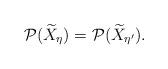
LaTeX: \begin{align*} \mathcal{P}(\widetilde{X}_{\eta})=\mathcal{P}(\widetilde{X}_{\eta'}).\end{align*}